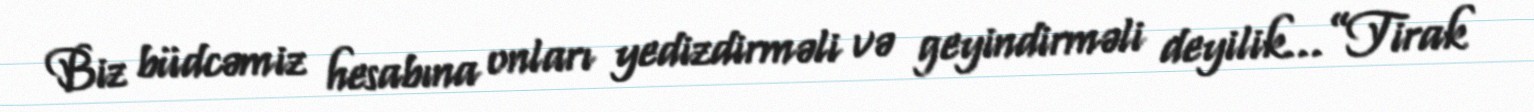
Biz büdcəmiz hesabına onları yedizdirməli və geyindirməli deyilik...”Tirak